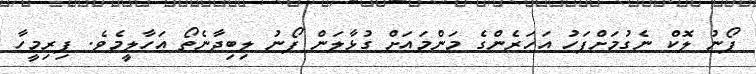
ފޯނު ލޮކް ނެގުމަށްފަހު އަހަރެންގެ މަންމައަށް ގުޅާލަން ފޯނު ލިބިދާނެތޯ އަހާލީމެވެ. ފިރިމީހާ